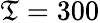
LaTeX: \mathfrak{T}=300